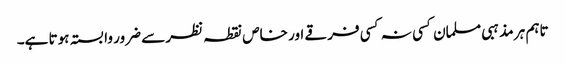
تاہم ہر مذہبی مسلمان کسی نہ کسی فرقے اور خاص نقطہ نظر سے ضرور وابستہ ہوتا ہے۔